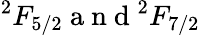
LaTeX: {}^{2}F_{5/2}\mathrm{~a~n~d~}{}^{2}F_{7/2}